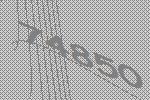
74850